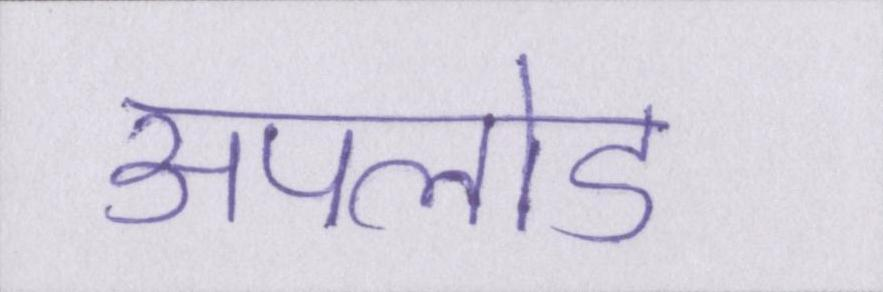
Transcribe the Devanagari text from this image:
अपलोड